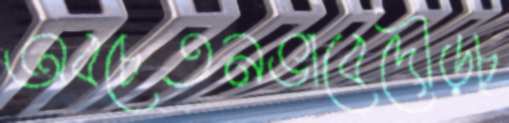
অবচেতনভাবেদৌড়চ্